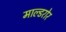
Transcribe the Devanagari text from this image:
माल्डरोर